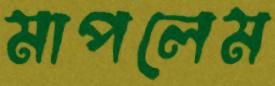
মাপলেম